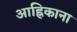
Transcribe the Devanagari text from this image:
आह्निकाना